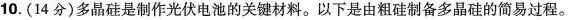
10.(14分)多晶硅是制作光伏电池的关键材料。以下是由粗硅制备多晶硅的简易过程。